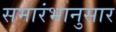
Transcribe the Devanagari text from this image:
समारंभानुसार